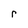
Character: r